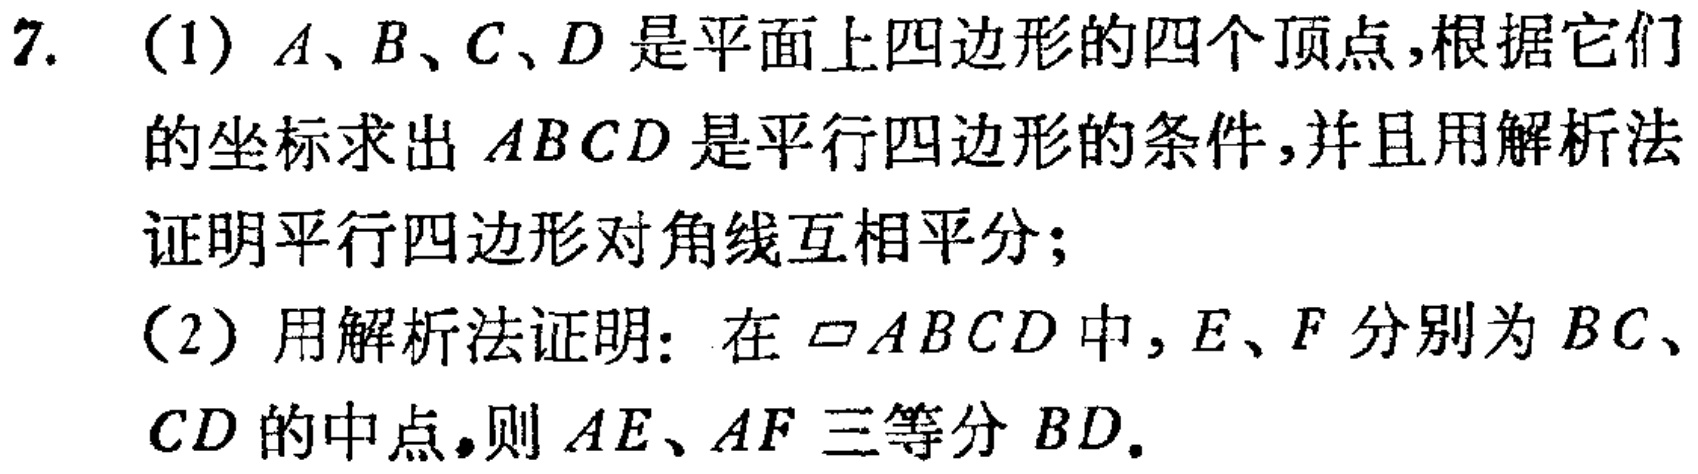
7. (1) \(A、B、C、D\)是平面上四边形的四个顶点，根据它们的坐标求出\(ABCD\)是平行四边形的条件，并且用解析法证明平行四边形对角线互相平分；
(2) 用解析法证明：在\(\square ABCD\)中，\(E、F\)分别为\(BC、CD\)的中点，则\(AE、AF\)三等分\(BD\)。